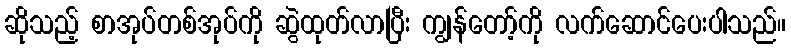
ဆိုသည့် စာအုပ်တစ်အုပ်ကို ဆွဲထုတ်လာပြီး ကျွန်တော့်ကို လက်ဆောင်ပေးပါသည်။